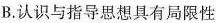
B.认识与指导思想具有局限性